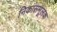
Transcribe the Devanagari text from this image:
निकासमूलक